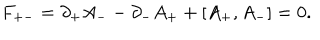
F _ { + - } = \partial _ { + } A _ { - } - \partial _ { - } A _ { + } + [ A _ { + } , A _ { - } ] = 0 .